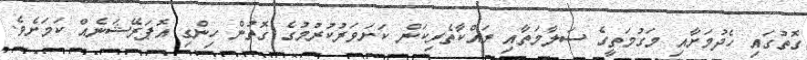
ގޮތުގައި ހެދުމަށާއި މަގުމަތީގެ ސަލާމަތާއި ރައްކާތެރިކަން ކަށަވަރުކުރުމުގެ ގޮތުން ހިންގި އޮޕަރޭޝަނެއް ކަމަށެވެ.